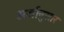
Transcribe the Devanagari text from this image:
अर्जानुसार